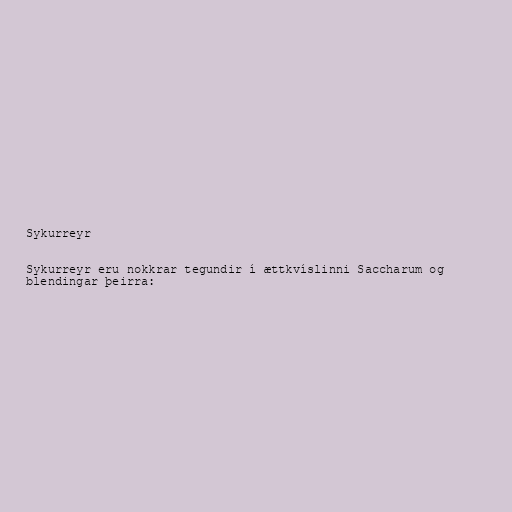
Sykurreyr

Sykurreyr eru nokkrar tegundir í ættkvíslinni Saccharum og
blendingar þeirra: